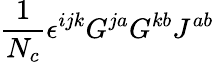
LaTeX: \frac 1{N_{c}}\epsilon^{ijk}G^{ja}G^{kb}J^{ab}